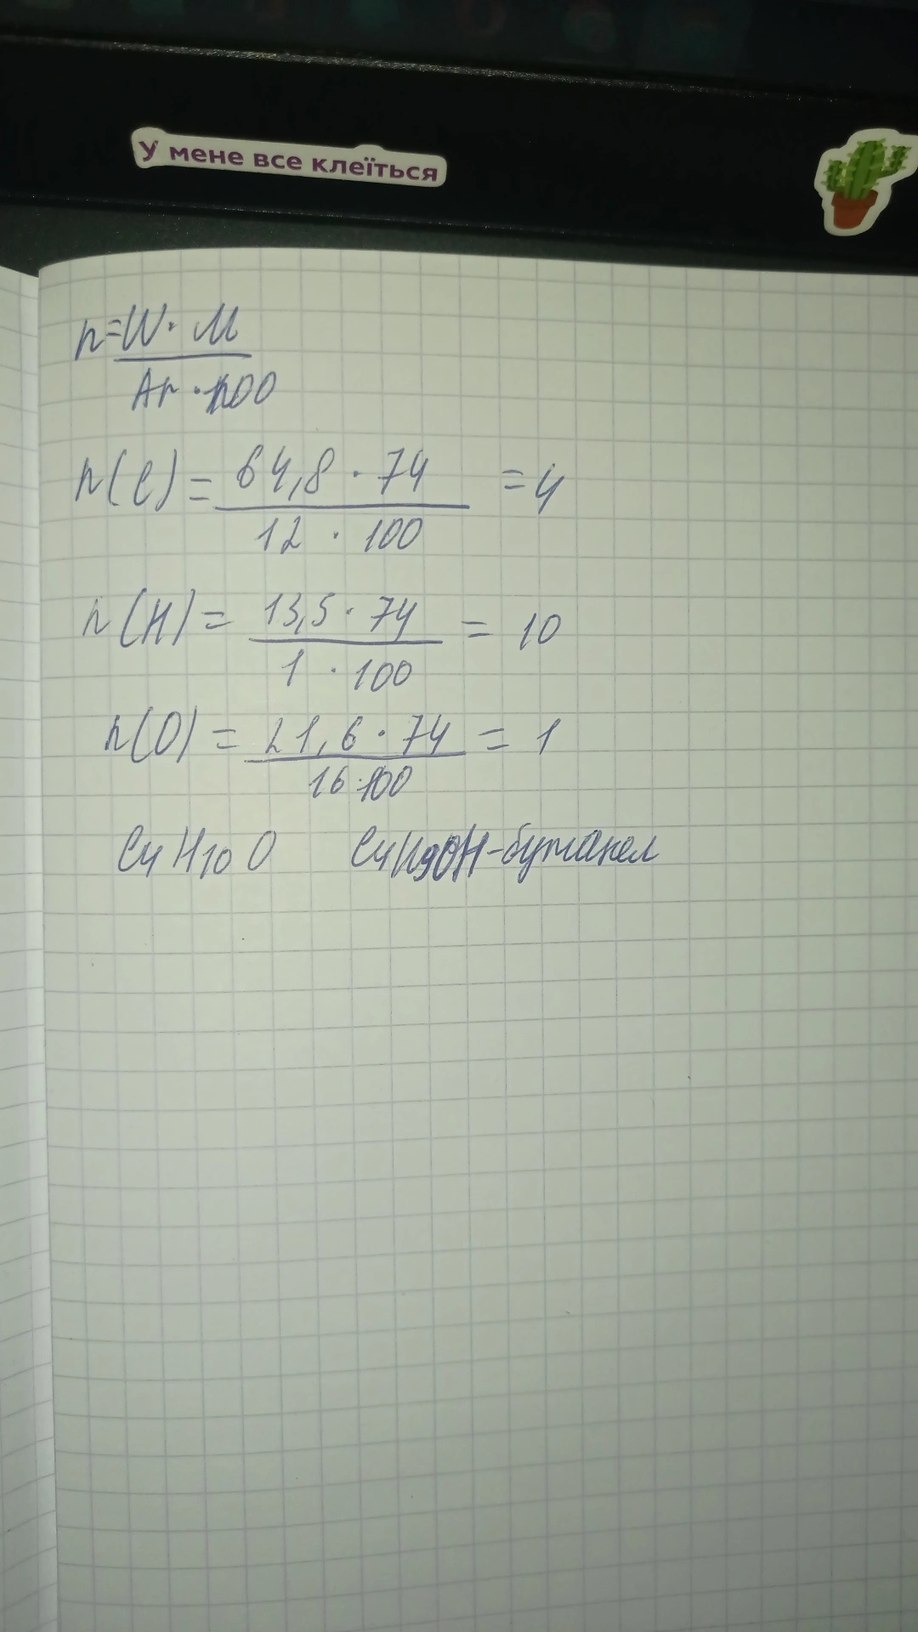
У мене все клеїться
n = (W ⋅ M) / (Ar ⋅ 100)
n(C) = 64,8 ⋅ 74 / 12 ⋅ 100 = 4
n(H) = 13,5 ⋅ 74 / 1 ⋅ 100 = 10
n(О) = 21,6 ⋅ 74 / 16 ⋅ 100 = 1
С₄H₁₀О  С₄H₉OH -бутанел